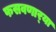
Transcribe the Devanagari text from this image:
फसवणार्‍या